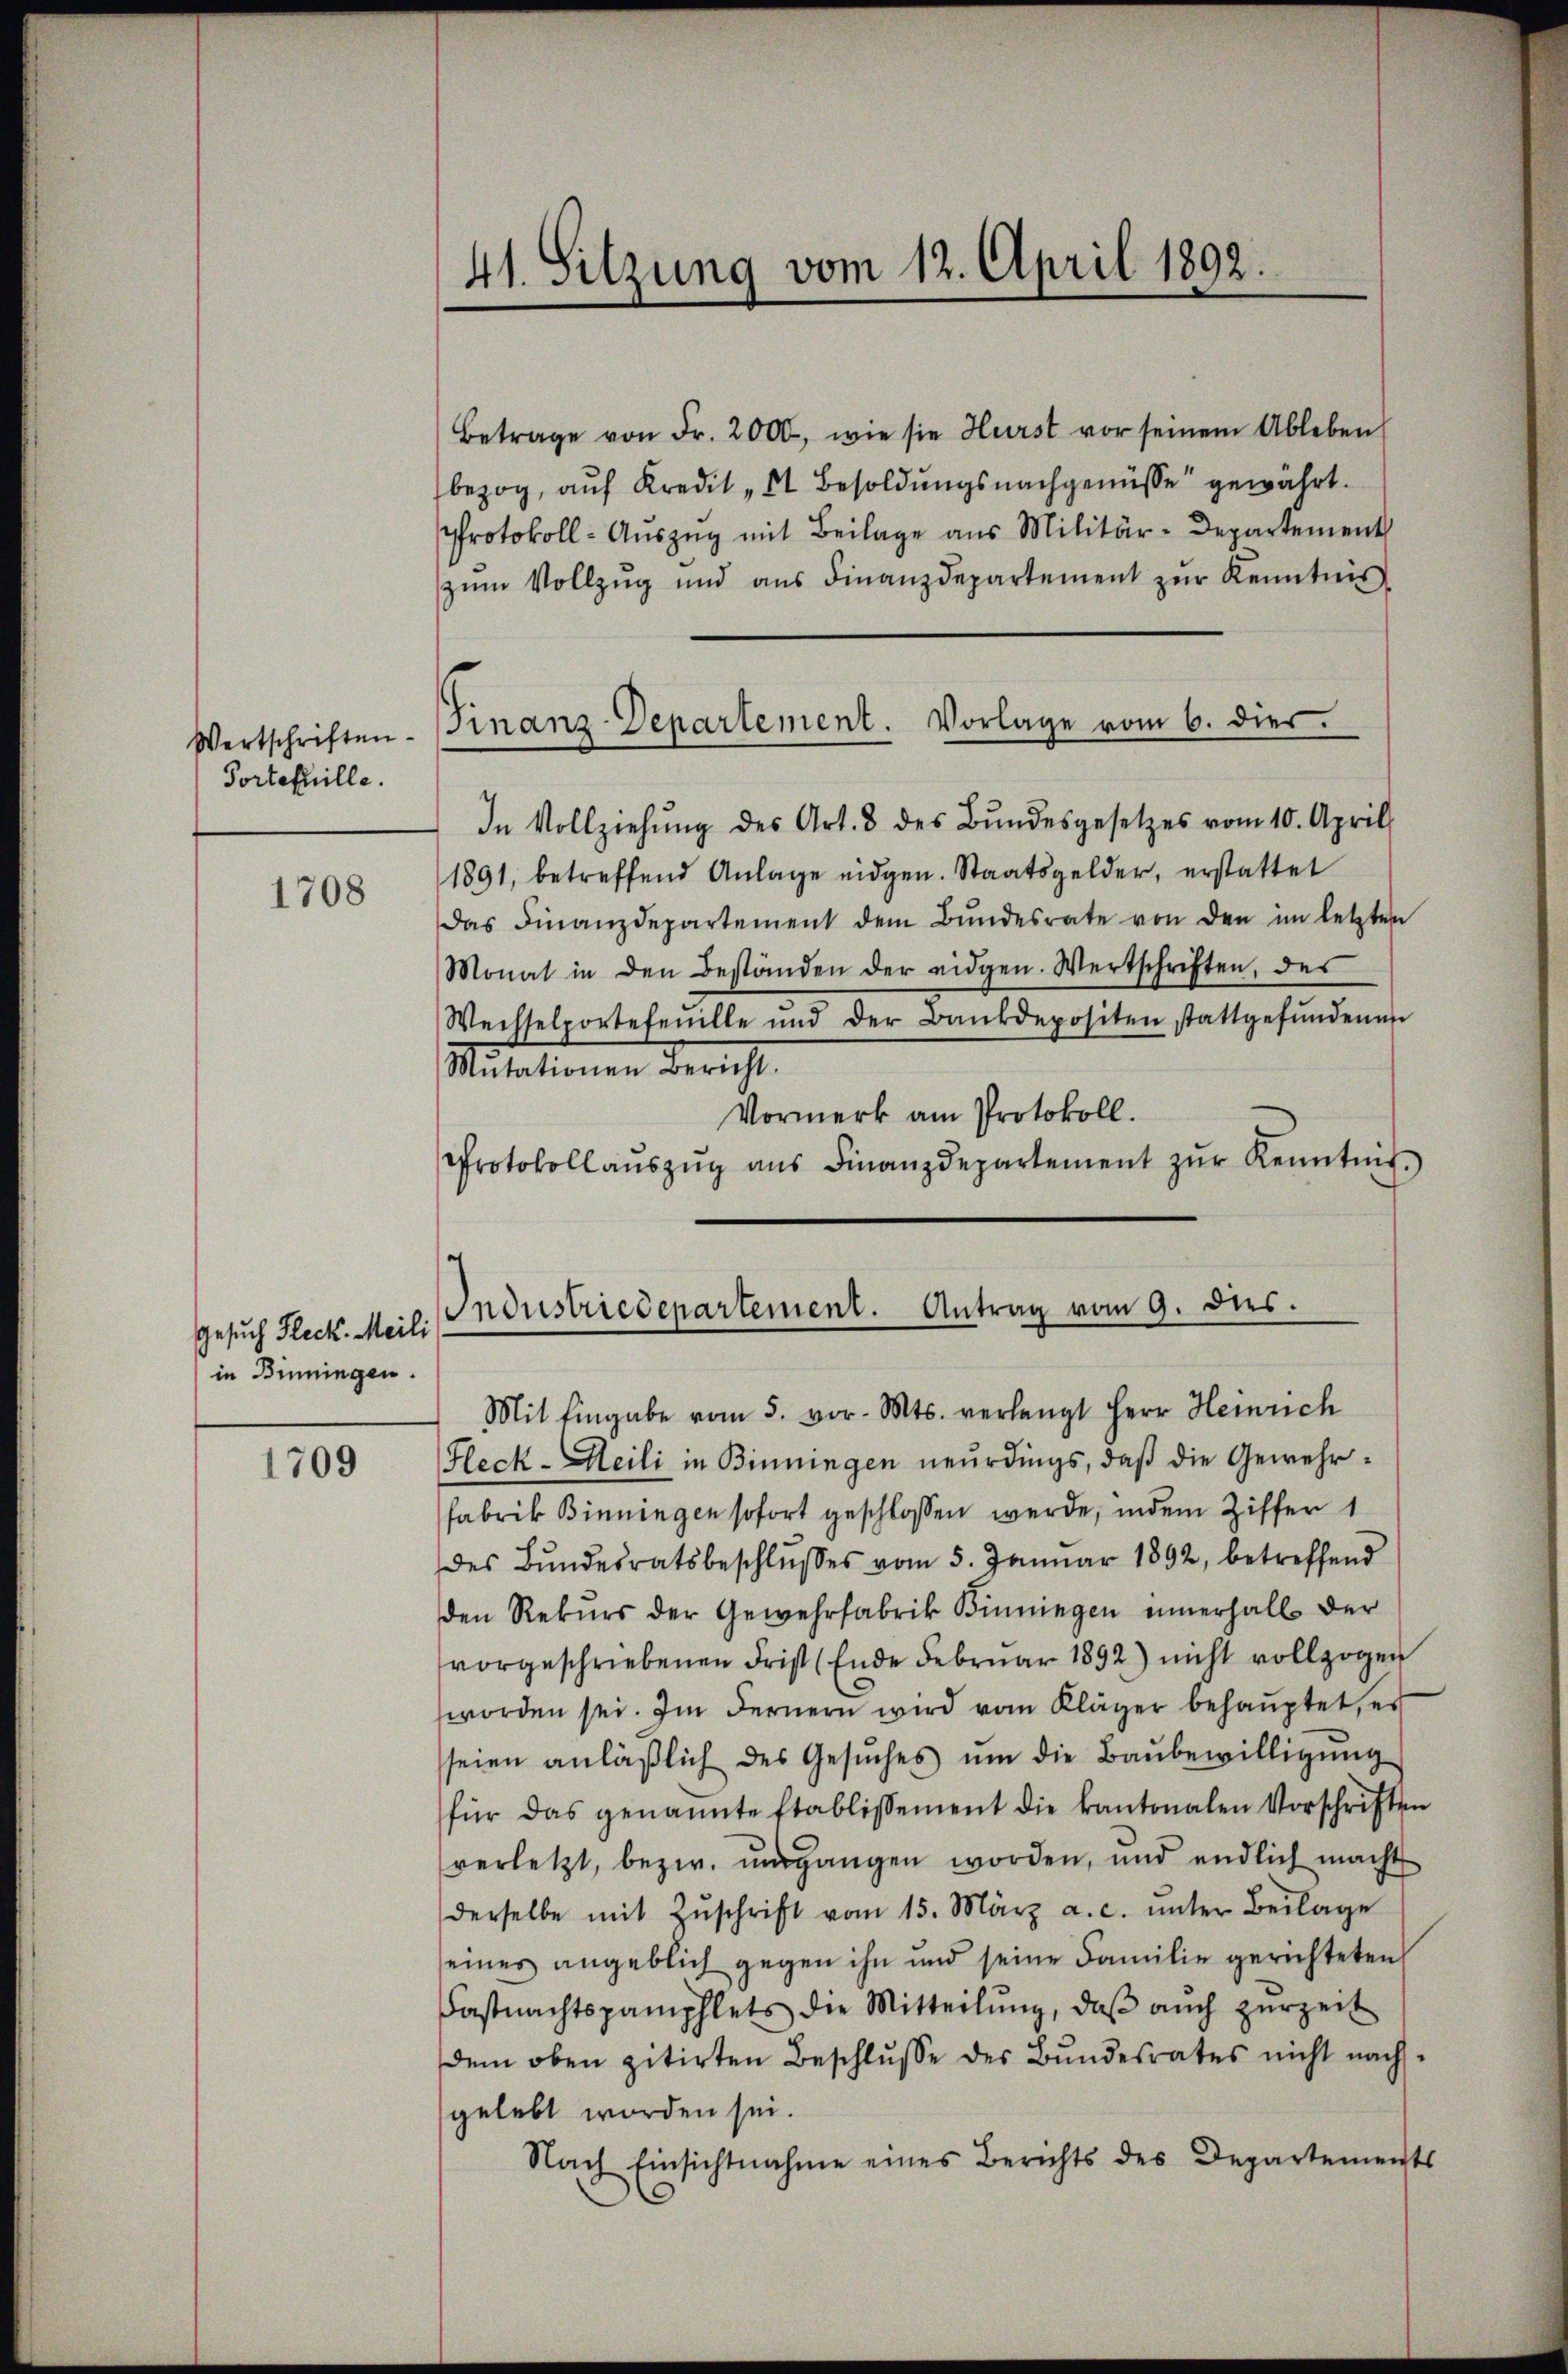
Portefuille.

1708

Gesuch Fleck. Meil
in Binningen.

1709

41. Sitzung vom 12. April 1892.

Wertschriften Finanz-Departement. Vorlage vom 6. dies

Betrage von Fr. 2000, wie sie Hurst vor seinem Ableben
bezog, auf Kredit „St Besoldungsnachgenüsse" gewahrt.
Protokoll- Aŭszŭg mit Beilage aus Militär-Departement
zŭm Vollzŭg und aŭs Finanzdepartement zŭr Kenntnis,
In Vollziehŭng des Art. 8 des Bŭndesgesetzes vom 10. April
1891, betreffend Anlage eidgen. Staatsgelder, erstattet
das Finanzdepartement dem Bŭndesrate von den im letzten
Monat in den Beständen der eidgen. Wertschriften, des
Wechselportefeuille und der Bankdepositen stattgefŭndenen
Mŭtationen Bericht.
Vormerk am Protokoll.
Protokoll aŭszŭg ans Finanzdepartement zŭr Kenntnis
Mit Eingabe vom 5. vor. Mts. verlangt Herr Heinrich
Heck-Meili in Binningen neurdings, daß die Gewehrfabrik Binningen sofort geschlossen werde, indem Ziffer 1
des Bŭndesratsbeschlŭsses vom 5. Janŭar 1892, betreffend
den Rekŭrs der Gewehrfabrik Binnigen innerhalb der
vorgeschriebenen Frist (Ende Februar 1892) nicht vollzogen
worden sei. Im Fernern wird vom Kläger behauptet, es
seien anläβlich des Gesŭches ŭm die Baŭbewilligŭng
für das genannte Etablissement die kantonalen Vorschriften
verletzt, bezw. ŭmgangen worden, und endlich macht
derselbe mit Zŭschrift vom 15. März a. c. ŭnter Beilage
seines angeblich gegen ihn und seine Familie gerichteten
Castnachtspamphlets die Mitteilŭng, daβ aŭch zŭrzeit
dem oben zitirten Beschlŭsse des Bundesrates nicht nach
gelebt worden sei.
Nach Einsichtnahme eines Berichts des Departements

Industriedepartement. Antrag vom 9. dies.